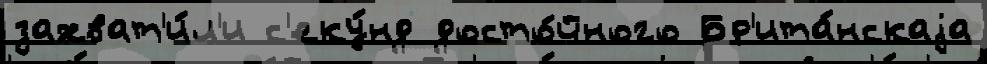
захват'и́л'и с'еку́нд досто́йного Бр'ита́нскаjа